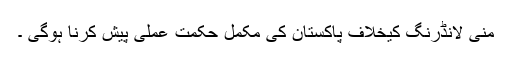
منی لانڈرنگ کیخلاف پاکستان کی مکمل حکمت عملی پیش کرنا ہوگی ۔